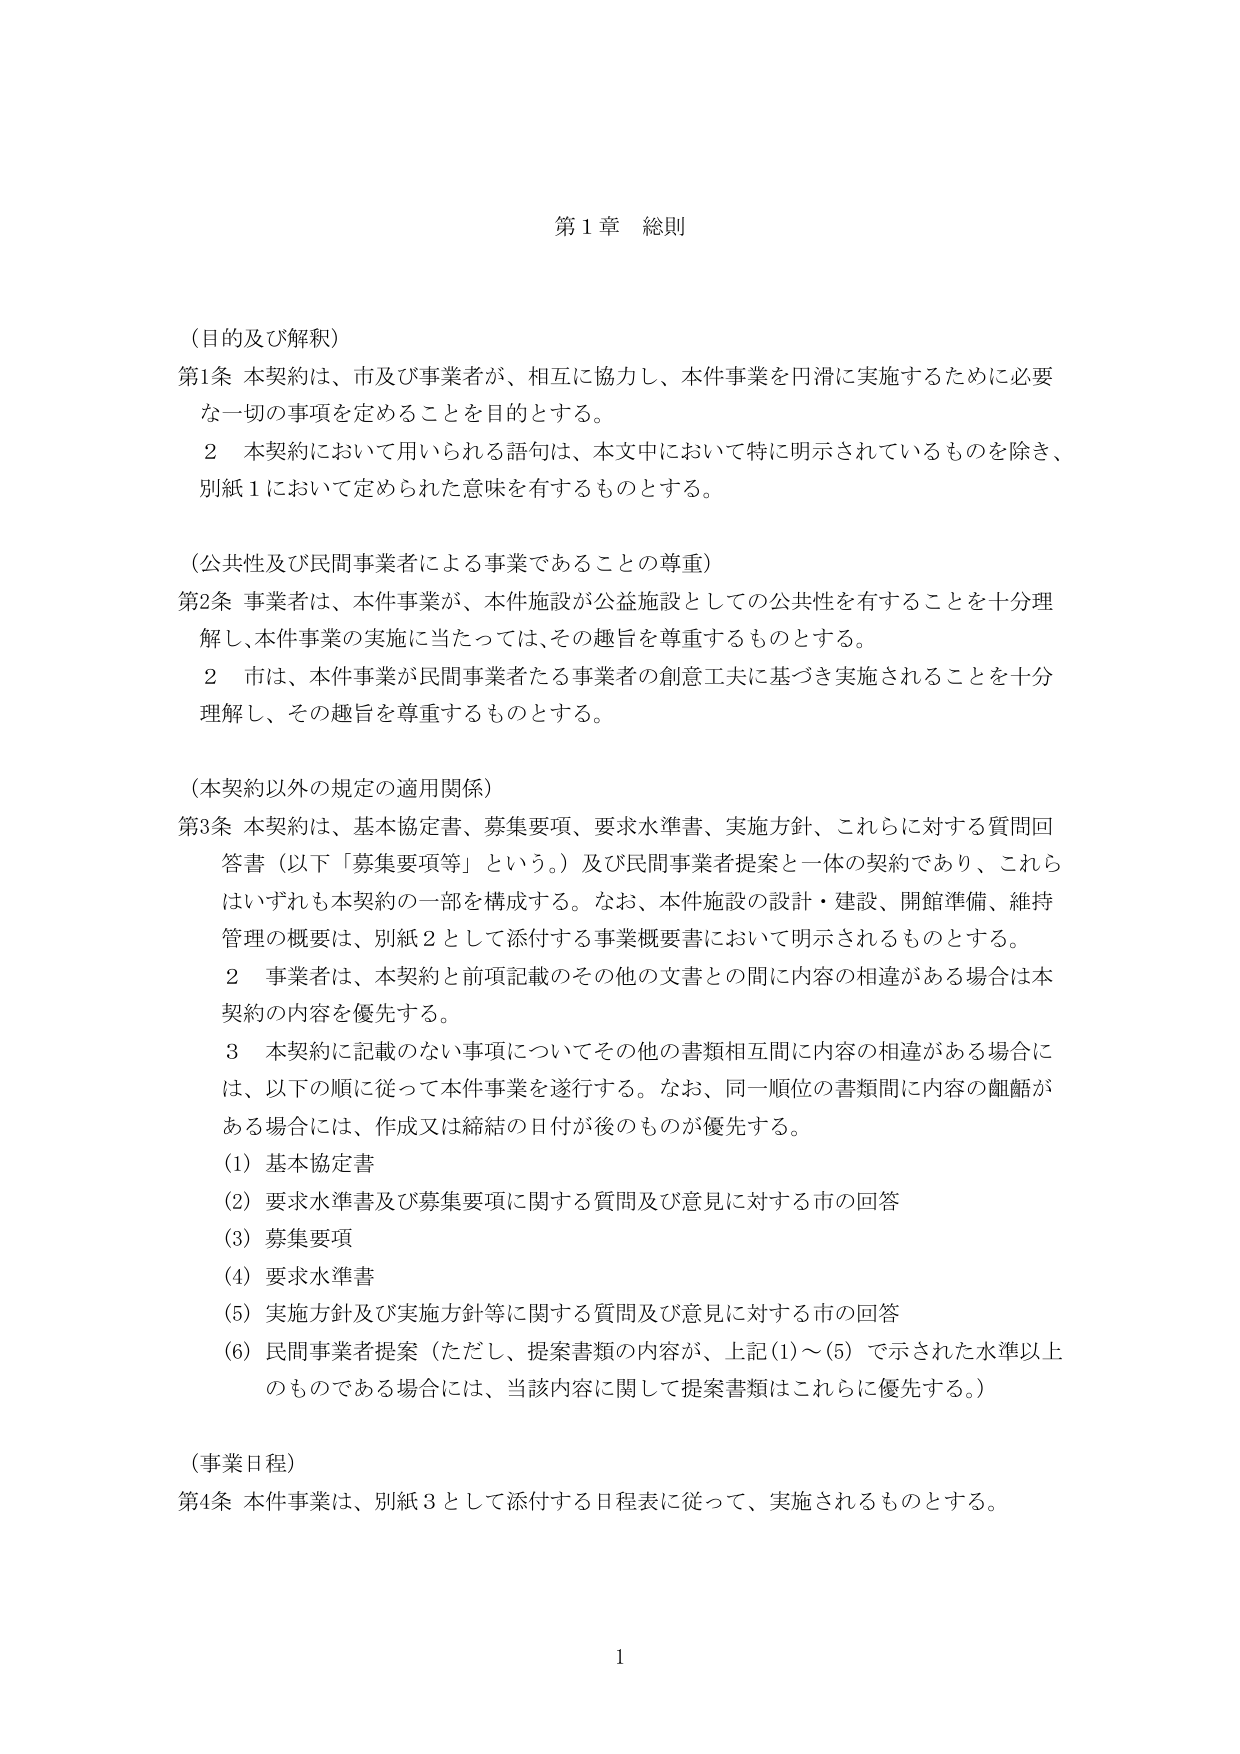
第１章 総則

（目的及び解釈）
第1条 本契約は、市及び事業者が、相互に協力し、本件事業を円滑に実施するために必要な一切の事項を定めることを目的とする。
　　2 本契約において用いられる語句は、本文中において特に明示されているものを除き、別紙１において定められた意味を有するものとする。

（公共性及び民間事業者による事業であることの尊重）
第2条 事業者は、本件事業が、本件施設が公益施設としての公共性を有することを十分理解し、本件事業の実施に当たっては、その趣旨を尊重するものとする。
　　2 市は、本件事業が民間事業者たる事業者の創意工夫に基づき実施されることを十分理解し、その趣旨を尊重するものとする。

（本契約以外の規定の適用関係）
第3条 本契約は、基本協定書、募集要項、要求水準書、実施方針、これらに対する質問回答書（以下「募集要項等」という。）及び民間事業者提案と一体の契約であり、これらはいずれも本契約の一部を構成する。なお、本件施設の設計・建設、開館準備、維持管理の概要は、別紙２として添付する事業概要書において明示されるものとする。
　　2 事業者は、本契約と前項記載のその他の文書との間に内容の相違がある場合は本契約の内容を優先する。
　　3 本契約に記載のない事項についてその他の書類相互間に内容の相違がある場合には、以下の順に従って本件事業を遂行する。なお、同一順位の書類間に内容の齟齬がある場合には、作成又は締結の日付が後のものが優先する。
　　(1) 基本協定書
　　(2) 要求水準書及び募集要項に関する質問及び意見に対する市の回答
　　(3) 募集要項
　　(4) 要求水準書
　　(5) 実施方針及び実施方針等に関する質問及び意見に対する市の回答
　　(6) 民間事業者提案（ただし、提案書類の内容が、上記(1)～(5)で示された水準以上 のものである場合には、当該内容に関して提案書類はこれらに優先する。）

（事業日程）
第4条 本件事業は、別紙３として添付する日程表に従って、実施されるものとする。

1